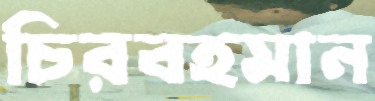
চিরবহমান